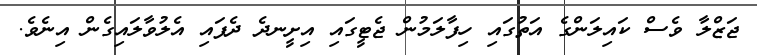
ޖަޒްލާ ވެސް ކައިލަންގެ އަތުގައި ހިފާލަމުން ޖެޓީގައި އިށީނދެ ދެފައި އެލުވާލައިގެން އިނެވެ.